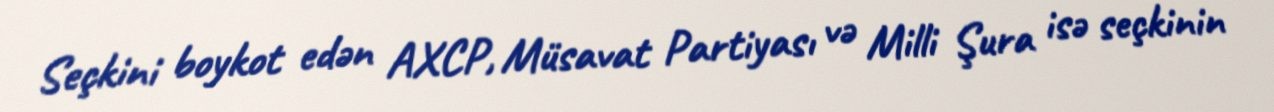
Seçkini boykot edən AXCP, Müsavat Partiyası və Milli Şura isə seçkinin